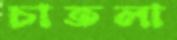
চাতলা